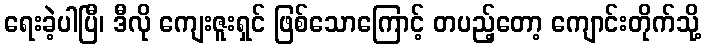
ရေးခဲ့ပါပြီ၊ ဒီလို ကျေးဇူးရှင် ဖြစ်သောကြောင့် တပည့်တော့ ကျောင်းတိုက်သို့